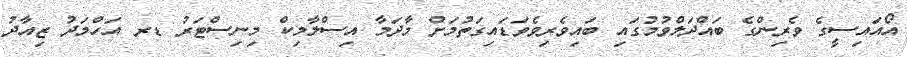
އޯއައިސީގެ ވެރިންގެ ބައްދަލްވުމުގައި ބައިވެރިވެވަޑައިގަތުމަށް މާދަމާ އިސްލާމިކް މިނިސްޓަރު ޑރ އަހްމަދު ޒިއާދު